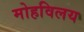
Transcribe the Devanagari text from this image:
मोहविलय